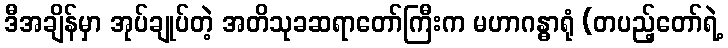
ဒီအချိန်မှာ အုပ်ချုပ်တဲ့ အတိသုခဆရာတော်ကြီးက မဟာဂန္ဓာရုံ (တပည့်တော်ရဲ့